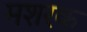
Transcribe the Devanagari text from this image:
मशरक